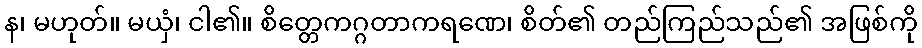
န၊ မဟုတ်။ မယှံ၊ ငါ၏။ စိတ္တေကဂ္ဂတာကရဏေ၊ စိတ်၏ တည်ကြည်သည်၏ အဖြစ်ကို